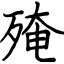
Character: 殗